Annual report of the Imperial Bacteriological Laboratory, Muktesar
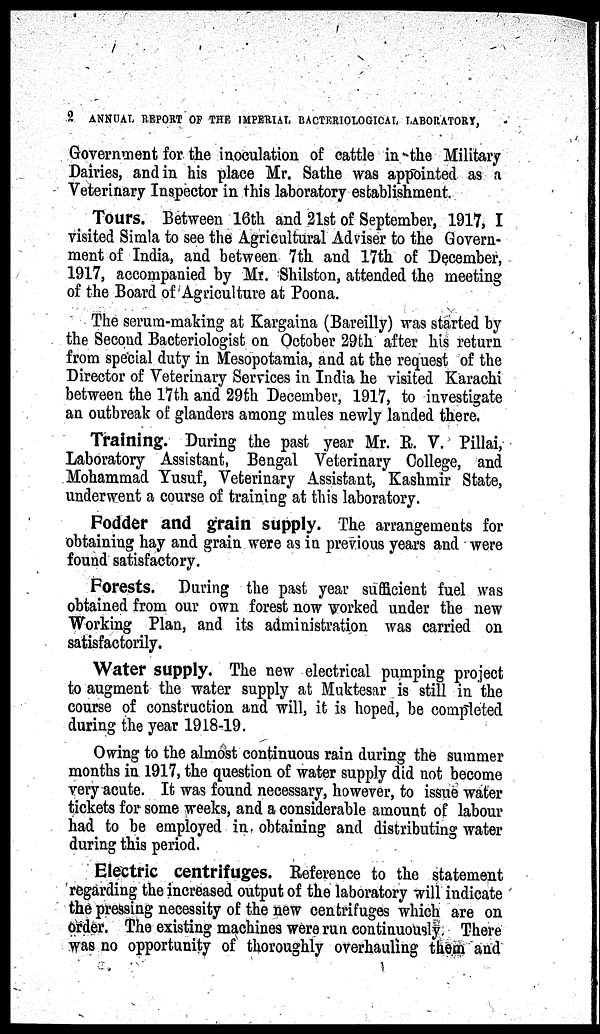
2 ANNUAL REPORT OF THE IMPERIAL BACTERIOLOGICAL LABORATORY,
Government for the inoculation of cattle in the Military
Dairies, and in his place Mr. Sathe was appointed as a
Veterinary Inspector in this laboratory establishment.
Tours. Between 16th and 21st of September, 1917, I
visited Simla to see the Agricultural Adviser to the Govern-
ment of India, and between 7th and 17th of December,
1917, accompanied by Mr. Shilston, attended the meeting
of the Board of Agriculture at Poona.
The serum-making at Kargaina (Bareilly) was started by
the Second Bacteriologist on October 29th after his return
from special duty in Mesopotamia, and at the request of the
Director of Veterinary Services in India he visited Karachi
between the 17th and 29th December, 1917, to investigate
an outbreak of glanders among mules newly landed there.
Training. During the past year Mr. R. V. Pillai,
Laboratory Assistant, Bengal Veterinary College, and
Mohammad Yusuf, Veterinary Assistant, Kashmir State,
underwent a course of training at this laboratory.
Fodder and grain supply. The arrangements for
obtaining hay and grain were as in previous years and were
found satisfactory.
Forests. During the past year sufficient fuel was
obtained from our own forest now worked under the new
Working Plan, and its administration was carried on
satisfactorily.
Water supply. The new electrical pumping project
to augment the water supply at Muktesar is still in the
course of construction and will, it is hoped, be completed
during the year 1918-19.
Owing to the almost continuous rain during the summer
months in 1917, the question of water supply did not become
very acute. It was found necessary, however, to issue water
tickets for some weeks, and a considerable amount of labour
had to be employed in obtaining and distributing water
during this period.
Electric centrifuges. Reference to the statement
regarding the increased output of the laboratory will indicate
the pressing necessity of the new centrifuges which are on
order. The existing machines were run continuously There
was no opportunity of thoroughly overhauling them and